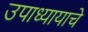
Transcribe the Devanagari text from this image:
उपाध्यायाचे